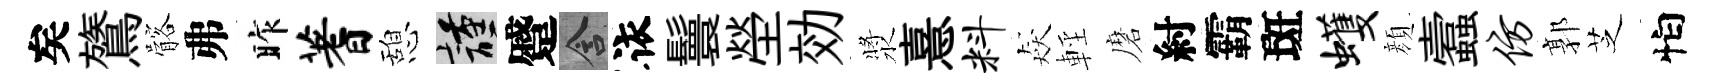
矣鷟髂弗昨蓍憩謹蹙含依鬟塋効漿憙料猋輕磨紂霸斑蠖顔蠧仿郭芝怕